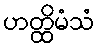
ဟတ္ထိမံသံ